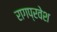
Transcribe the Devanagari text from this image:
रागप्रवेश